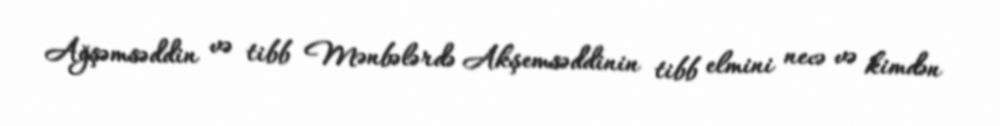
Ağşəmsəddin və tibb Mənbələrdə Akşemsəddinin tibb elmini necə və kimdən